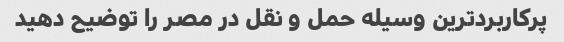
پرکاربردترین وسیله حمل و نقل در مصر را توضیح دهید